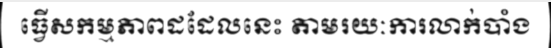
ធ្វើសកម្មភាពដដែលនេះ តាមរយៈការលាក់បាំង